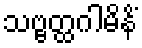
သဗ္ဗတ္ထဂါမိနိံ